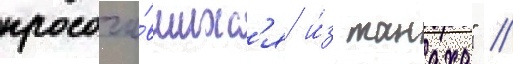
просочи́вшихс'я и́з танаха" //